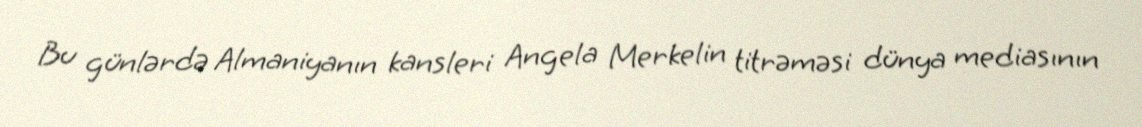
Bu günlərdə Almaniyanın kansleri Angela Merkelin titrəməsi dünya mediasının